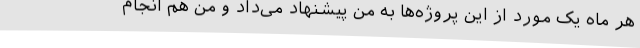
هر ماه یک مورد از این پروژه‌ها به من پیشنهاد می‌داد و من هم انجام